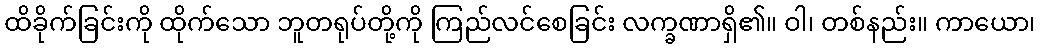
ထိခိုက်ခြင်းကို ထိုက်သော ဘူတရုပ်တို့ကို ကြည်လင်စေခြင်း လက္ခဏာရှိ၏။ ဝါ၊ တစ်နည်း။ ကာယော၊